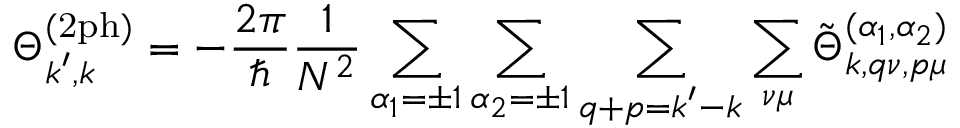
\Theta _ { \boldsymbol { k } ^ { \prime } , \boldsymbol { k } } ^ { ( \mathrm { 2 p h } ) } = - \frac { 2 \pi } { \hbar } \frac { 1 } { N ^ { 2 } } \sum _ { \alpha _ { 1 } = \pm 1 } \sum _ { \alpha _ { 2 } = \pm 1 } \sum _ { \boldsymbol { q } + \boldsymbol { p } = \boldsymbol { k } ^ { \prime } - \boldsymbol { k } } \sum _ { \nu \mu } \tilde { \Theta } _ { \boldsymbol { k } , \boldsymbol { q } \nu , \boldsymbol { p } \mu } ^ { ( \alpha _ { 1 } , \alpha _ { 2 } ) }